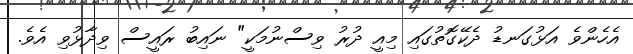
އެހެންވެ އަޅުގަނޑު ދެކޭގޮތުގައި މިއީ ދުރު ވިސްނުމަކީ" ނައިބު ރައީސް ވިދާޅުވި އެވެ.